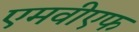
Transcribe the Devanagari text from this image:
एमवीएफ